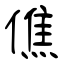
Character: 僬